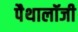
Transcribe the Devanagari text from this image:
पैथालॉजी